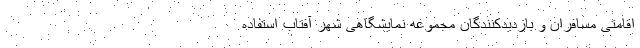
اقامتی مسافران و بازدیدکنندگان مجموعه نمایشگاهی شهر آفتاب استفاده